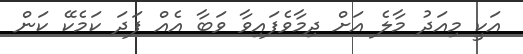
އަކީ މިއަދު މާލެ އަށް ދިމާވެފައިވާ ވަބާ އެއް ފަދަ ކަމެކޭ ކަން